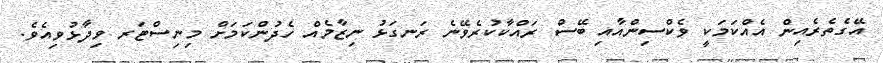
އޭގެތެރެއިން އެއްކަމަކީ ވެކްސިންއާއި ބޭސް ރައްކާކުރެވޭނެ ރަނގަޅު ނިޒާމެއް ހެދުންކަމަށް މިނިސްޓަރ ވިދާޅުވިއެވެ.